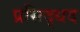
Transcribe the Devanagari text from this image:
प्रसिद्धद